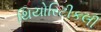
થિયોરિટીકલી